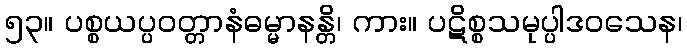
၅၃။ ပစ္စယပ္ပဝတ္တာနံဓမ္မာနန္တိ၊ ကား။ ပဋိစ္စသမုပ္ပါဒဝသေန၊